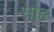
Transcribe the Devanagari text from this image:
सौह